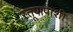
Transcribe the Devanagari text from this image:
स्तूपापाशी